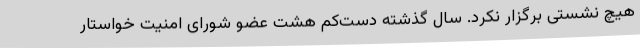
هیچ نشستی برگزار نکرد. سال گذشته دست‌کم هشت عضو شورای امنیت خواستار